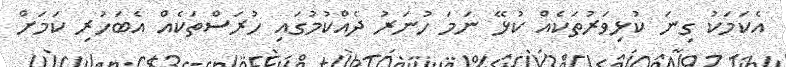
އެކަމަކު ގިނަ ކުޅިވަރުތަކެއް ކުޅޭ ނަމަ ހުނަރު ދެއްކުމުގައި ހުރަސްތަކެއް އެބަހުރި ކަމަށް